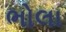
ભોલા